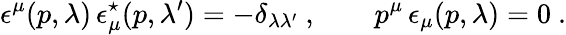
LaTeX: \epsilon^{\mu}(p,\lambda)\, \epsilon_{\mu}^{\star}(p,\lambda^{\prime})=-\delta_{\lambda\lambda^{\prime}}\ ,\qquad p^{\mu}\, \epsilon_{\mu}(p,\lambda)=0\ .